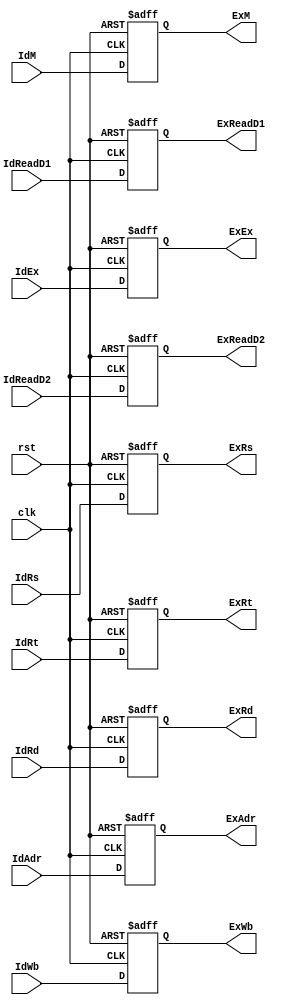
`timescale 1ps/1ps
module IdExeReg(
    clk,
    rst,

    IdWb,
    IdM,
    IdEx,
    IdReadD1,
    IdReadD2,
    IdAdr,
    IdRt,
    IdRd,
    IdRs,

    ExWb,
    ExM,
    ExEx,
    ExReadD1,
    ExReadD2,
    ExAdr,
    ExRt,
    ExRd,
    ExRs

);
input rst,clk;
input[1:0] IdWb;
input[1:0] IdM;
input[4:0] IdEx , IdRs , IdRd, IdRt;
input[31:0] IdReadD1,IdReadD2,IdAdr;

output reg[1:0] ExWb;
output reg[1:0] ExM;
output reg[4:0] ExEx , ExRt , ExRd, ExRs;
output reg[31:0] ExReadD1,ExReadD2,ExAdr;

always@(posedge clk,posedge rst)begin
    if(rst) begin
        ExWb = 2'b0;
        ExM = 2'b0;
        ExEx = 5'b0;
        ExReadD1 = 32'b0;
        ExReadD2 = 32'b0;
        ExAdr = 32'b0;
        ExRt = 5'b0;
        ExRd = 5'b0;
        ExRs = 5'b0;
        end
    else begin
        ExWb = IdWb;
        ExM = IdM;
        ExEx = IdEx;
        ExReadD1 = IdReadD1;
        ExReadD2 = IdReadD2;
        ExAdr = IdAdr;
        ExRt = IdRt;
        ExRd = IdRd;
        ExRs = IdRs;
        end
end
endmodule